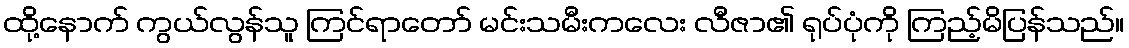
ထို့နောက် ကွယ်လွန်သူ ကြင်ရာတော် မင်းသမီးကလေး လီဇာ၏ ရုပ်ပုံကို ကြည့်မိပြန်သည်။